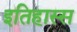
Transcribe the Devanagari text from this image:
इतिहास्स